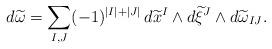
LaTeX: \begin{align*} d \widetilde{\omega} = \sum_{I, J} (-1)^{|I| + |J|} \, d\widetilde{x}^I \wedge d \widetilde{\xi}^J \wedge d\widetilde{\omega}_{IJ}.\end{align*}